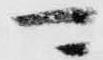
可